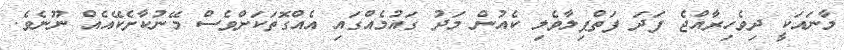
މާނައަކީ ދިވެހިރާއްޖެ ފަދަ ފަތްޕިލާވެލި ކެއުން މަދު ގައުމެއްގައި އެއްގޮތަކަށްވެސް މޭނުކާށެކޭއެއް ނޫނެވެ.